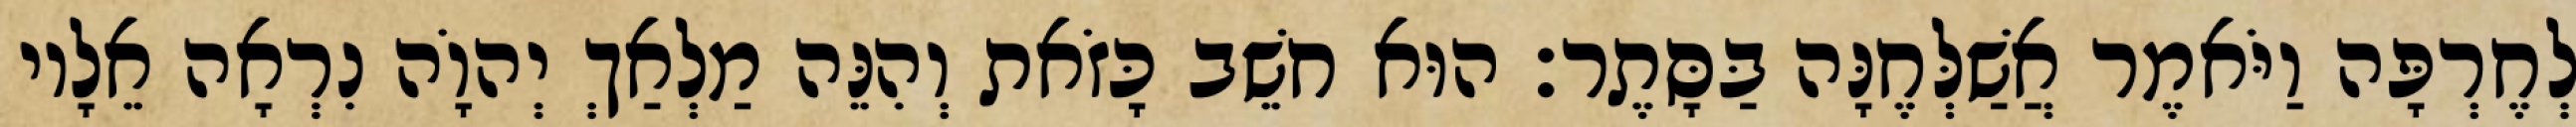
לְחֶרְפָּה וַיֹּאמֶר אֲשַׁלְּחֶנָּה בַּסָּתֶר׃ הוּא חשֵׁב כָּזֹאת וְהִנֵּה מַלְאַךְ יְהוָֹה נִרְאָה אֵלָיו